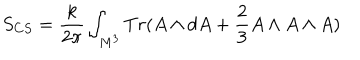
LaTeX: S _ { C S } = \frac { k } { 2 \pi } \int _ { M ^ { 3 } } T r ( A \wedge d A + \frac { 2 } { 3 } A \wedge A \wedge A )